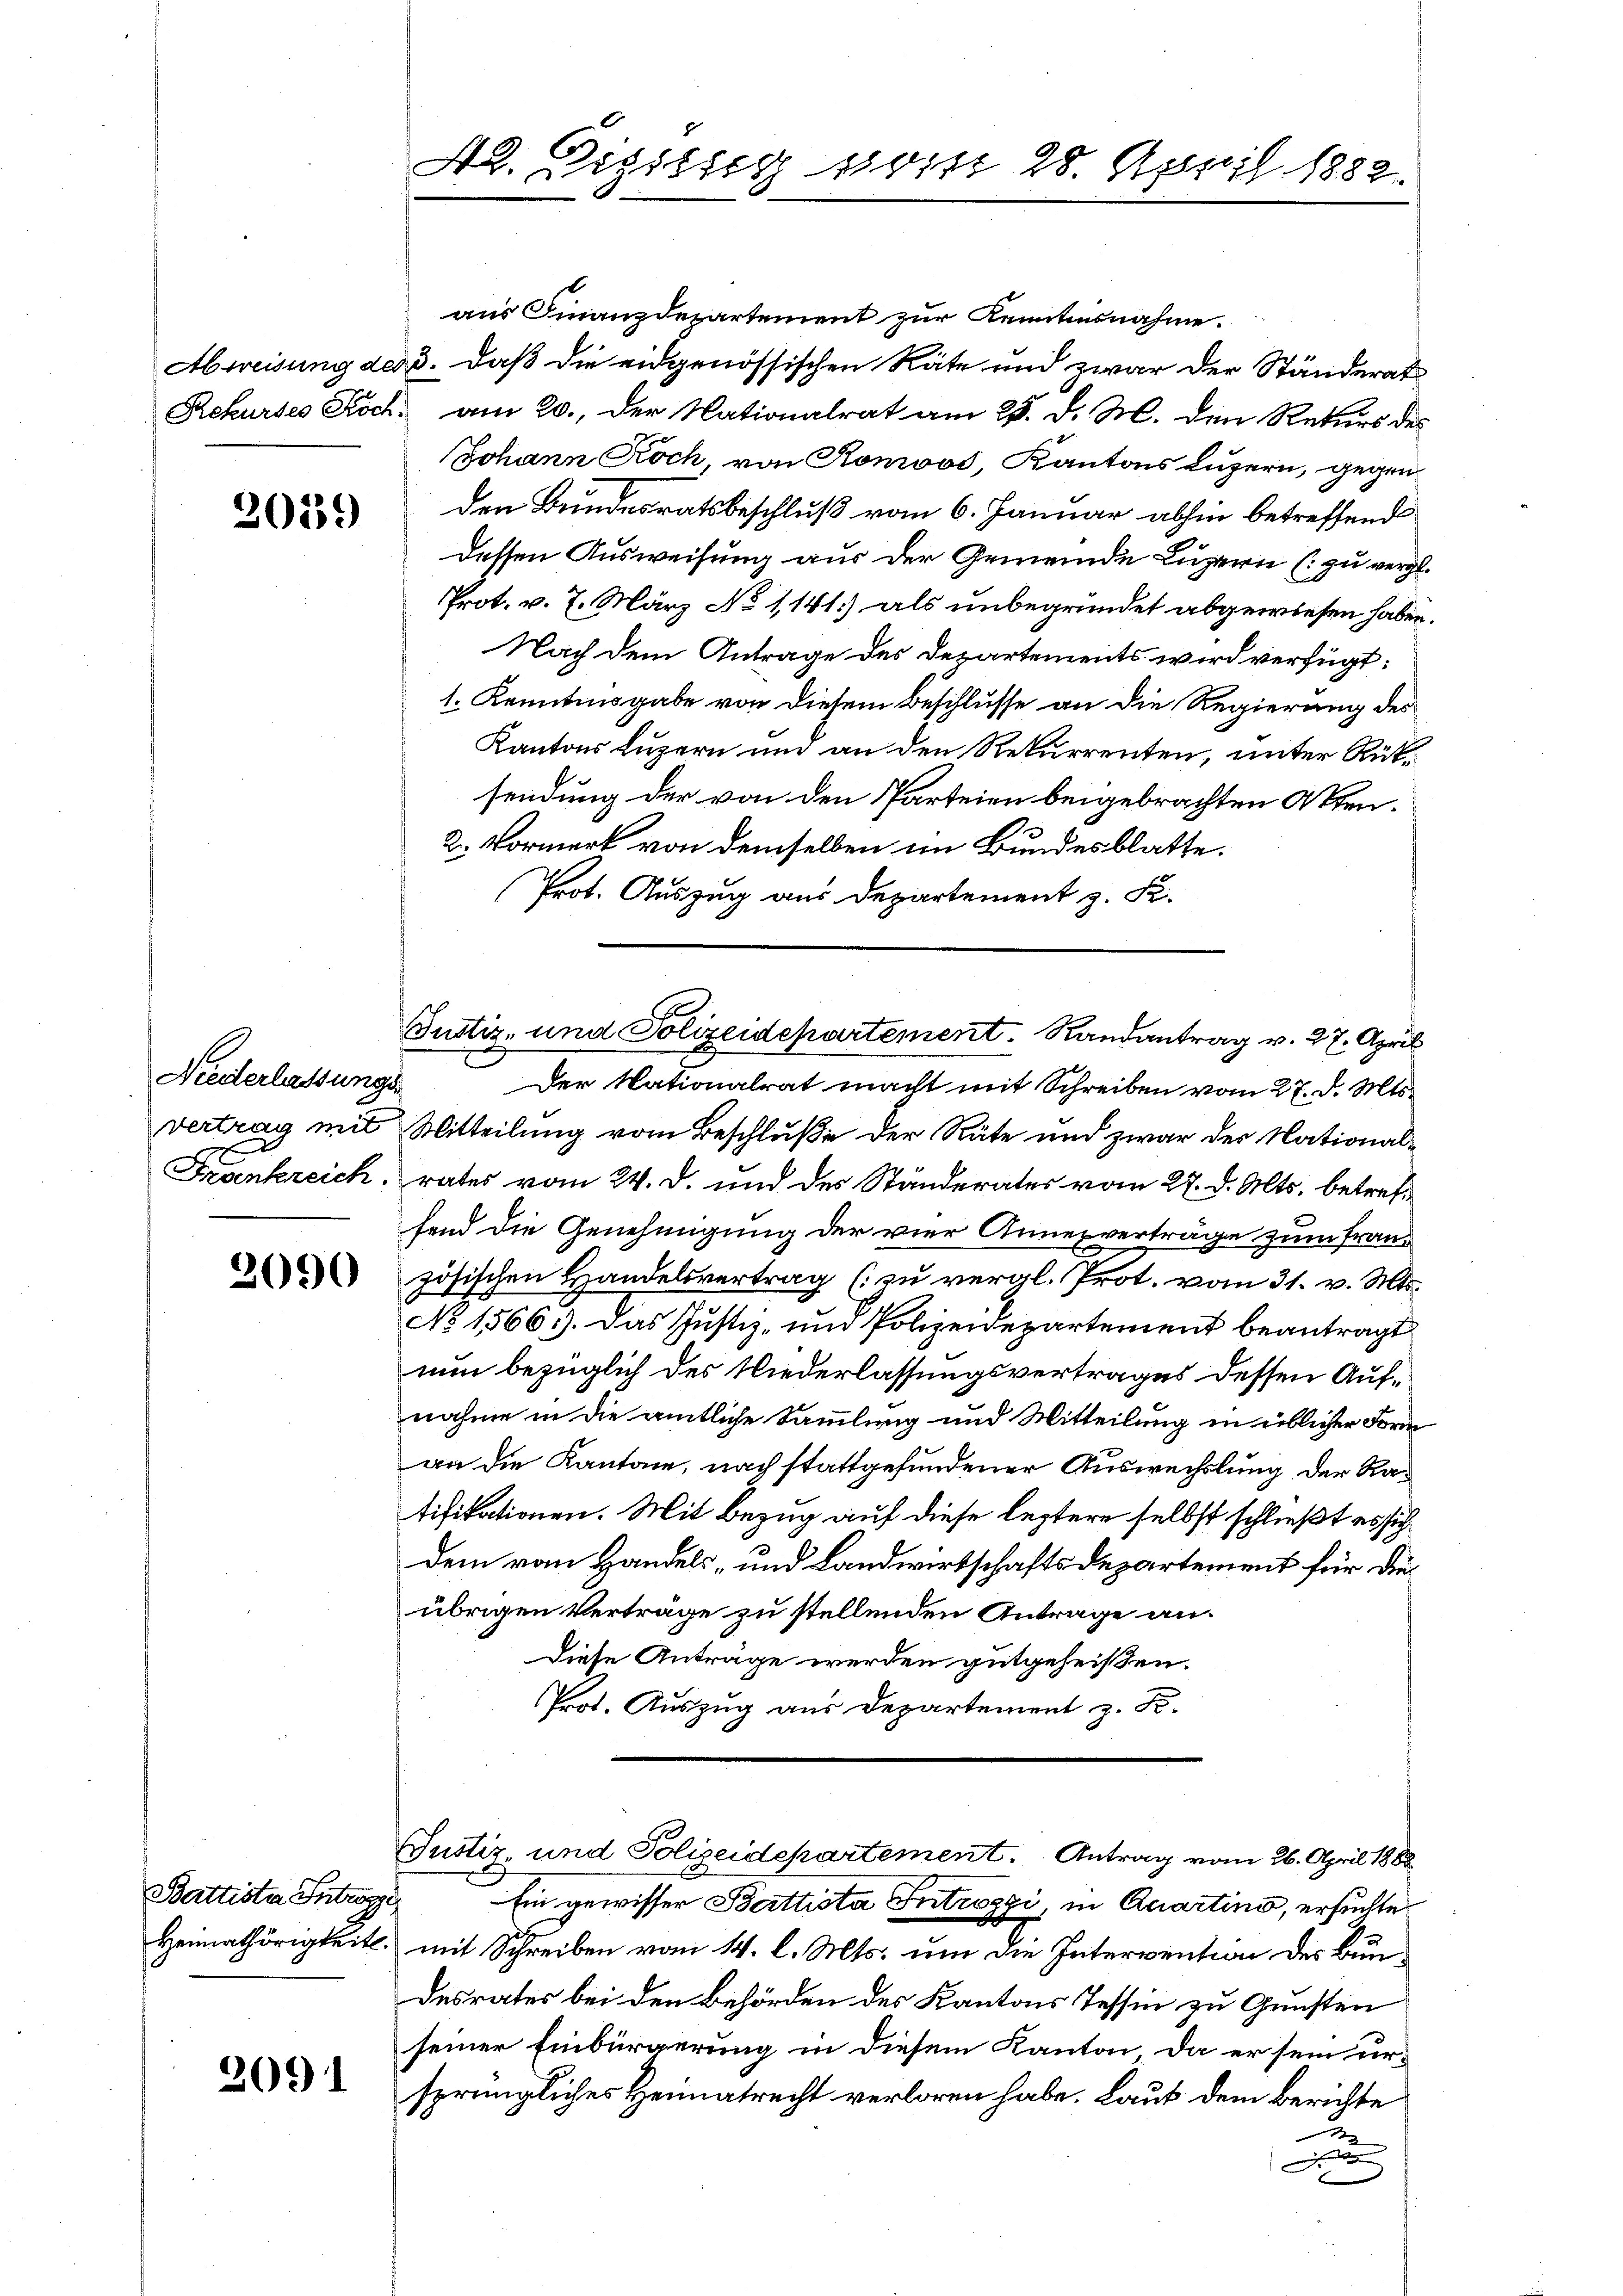
2039

Niederlassungs
vertrag mit

2090

Battista Antwor
Heimathörigkeit.

3091

AR. Lizits vom 28. April 1882.

aus Finanzdepartement zur Kenntnisnahme.
Abweisung des 3. daß die eidgenössischen Räte und zwar der Ständerat
Rekurses Koch, am 20. Der Nationalrat am 25. d. M. den Rekurs des
Johann Koch, von Ronwos, Kantons Luzern, gegenden Bundesratsbeschluß vom 6. Januar abhin betreffend
dessen Ausweisung aus der Gemeinde Luzern (: zu vergl.
Prot. v. 7. März No 1141) als unbegründet abgewiesen haben.
Nach dem Antrage des Departements wird verfügt:
1. Kenntnisgabe von diesem Beschlusse an die Regierung des
Kantons Luzern und an den Rekurrenten, unter Rüksendung der von den Parteien beigebrachten Akten¬
2. Vormerk von demselben im Bundesblatte.
Prot. Auszug aus Departement z. K.
Justiz- und Polizeidepartement. Randantrag v. 27. April
Der Nationalrat macht mit Schreiben vom 27. d. Mts.
Mitteilung vom Beschluße der Räte und zwar der National¬
Frankreich rates vom 24. d. und des Ständerates vom 27. d. Mts. betreff
fend die Genehmigung der vier Annenverträge zum Französischen Handelsvertrag (zu vergl. Prot. vom 31. v. Mts.
No 1566). Das Justiz- und Polizeidepartement beantragt
nun bezüglich des Niederlassungsvertrages dessen Aufnahme in die amtliche Sammlung und Mitteilung in üblicher Form
an die Kantone, nach stattgefundener Auswechslung der Ratifikationen. Mit Bezug auf diese leztere selbst schließt es sich
dem vom Handels- und Landwirtschaftsdepartement für die
übrigen Verträge zu stellenden Antrage an.
Diese Anträge werden gutgeheißen.
Prot. Auszug aus Departement z. B.

Ein gewisser Battista Introzzi, in Quartino, ersuchte
mit Schreiben vom 14. l. Mts. um die Intervention des Bundesrates bei den Behörden des Kantons Tessin zu Gunsten
seiner Einbürgerung in diesem Kanton, da er sein ursprüngliches Heimatrecht verloren habe. Laut dem Berichte
1
F

Justiz- und Polizeidepartement. Antrag vom 26. April 1888